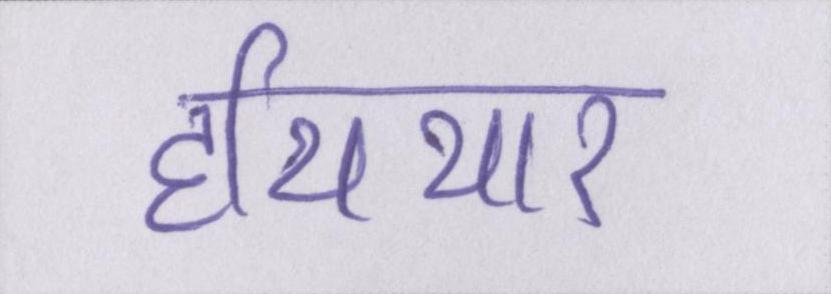
हथियार